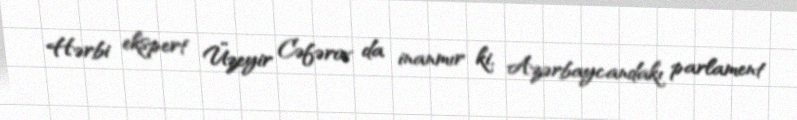
Hərbi ekspert Üzeyir Cəfərov da inanmır ki, Azərbaycandakı parlament